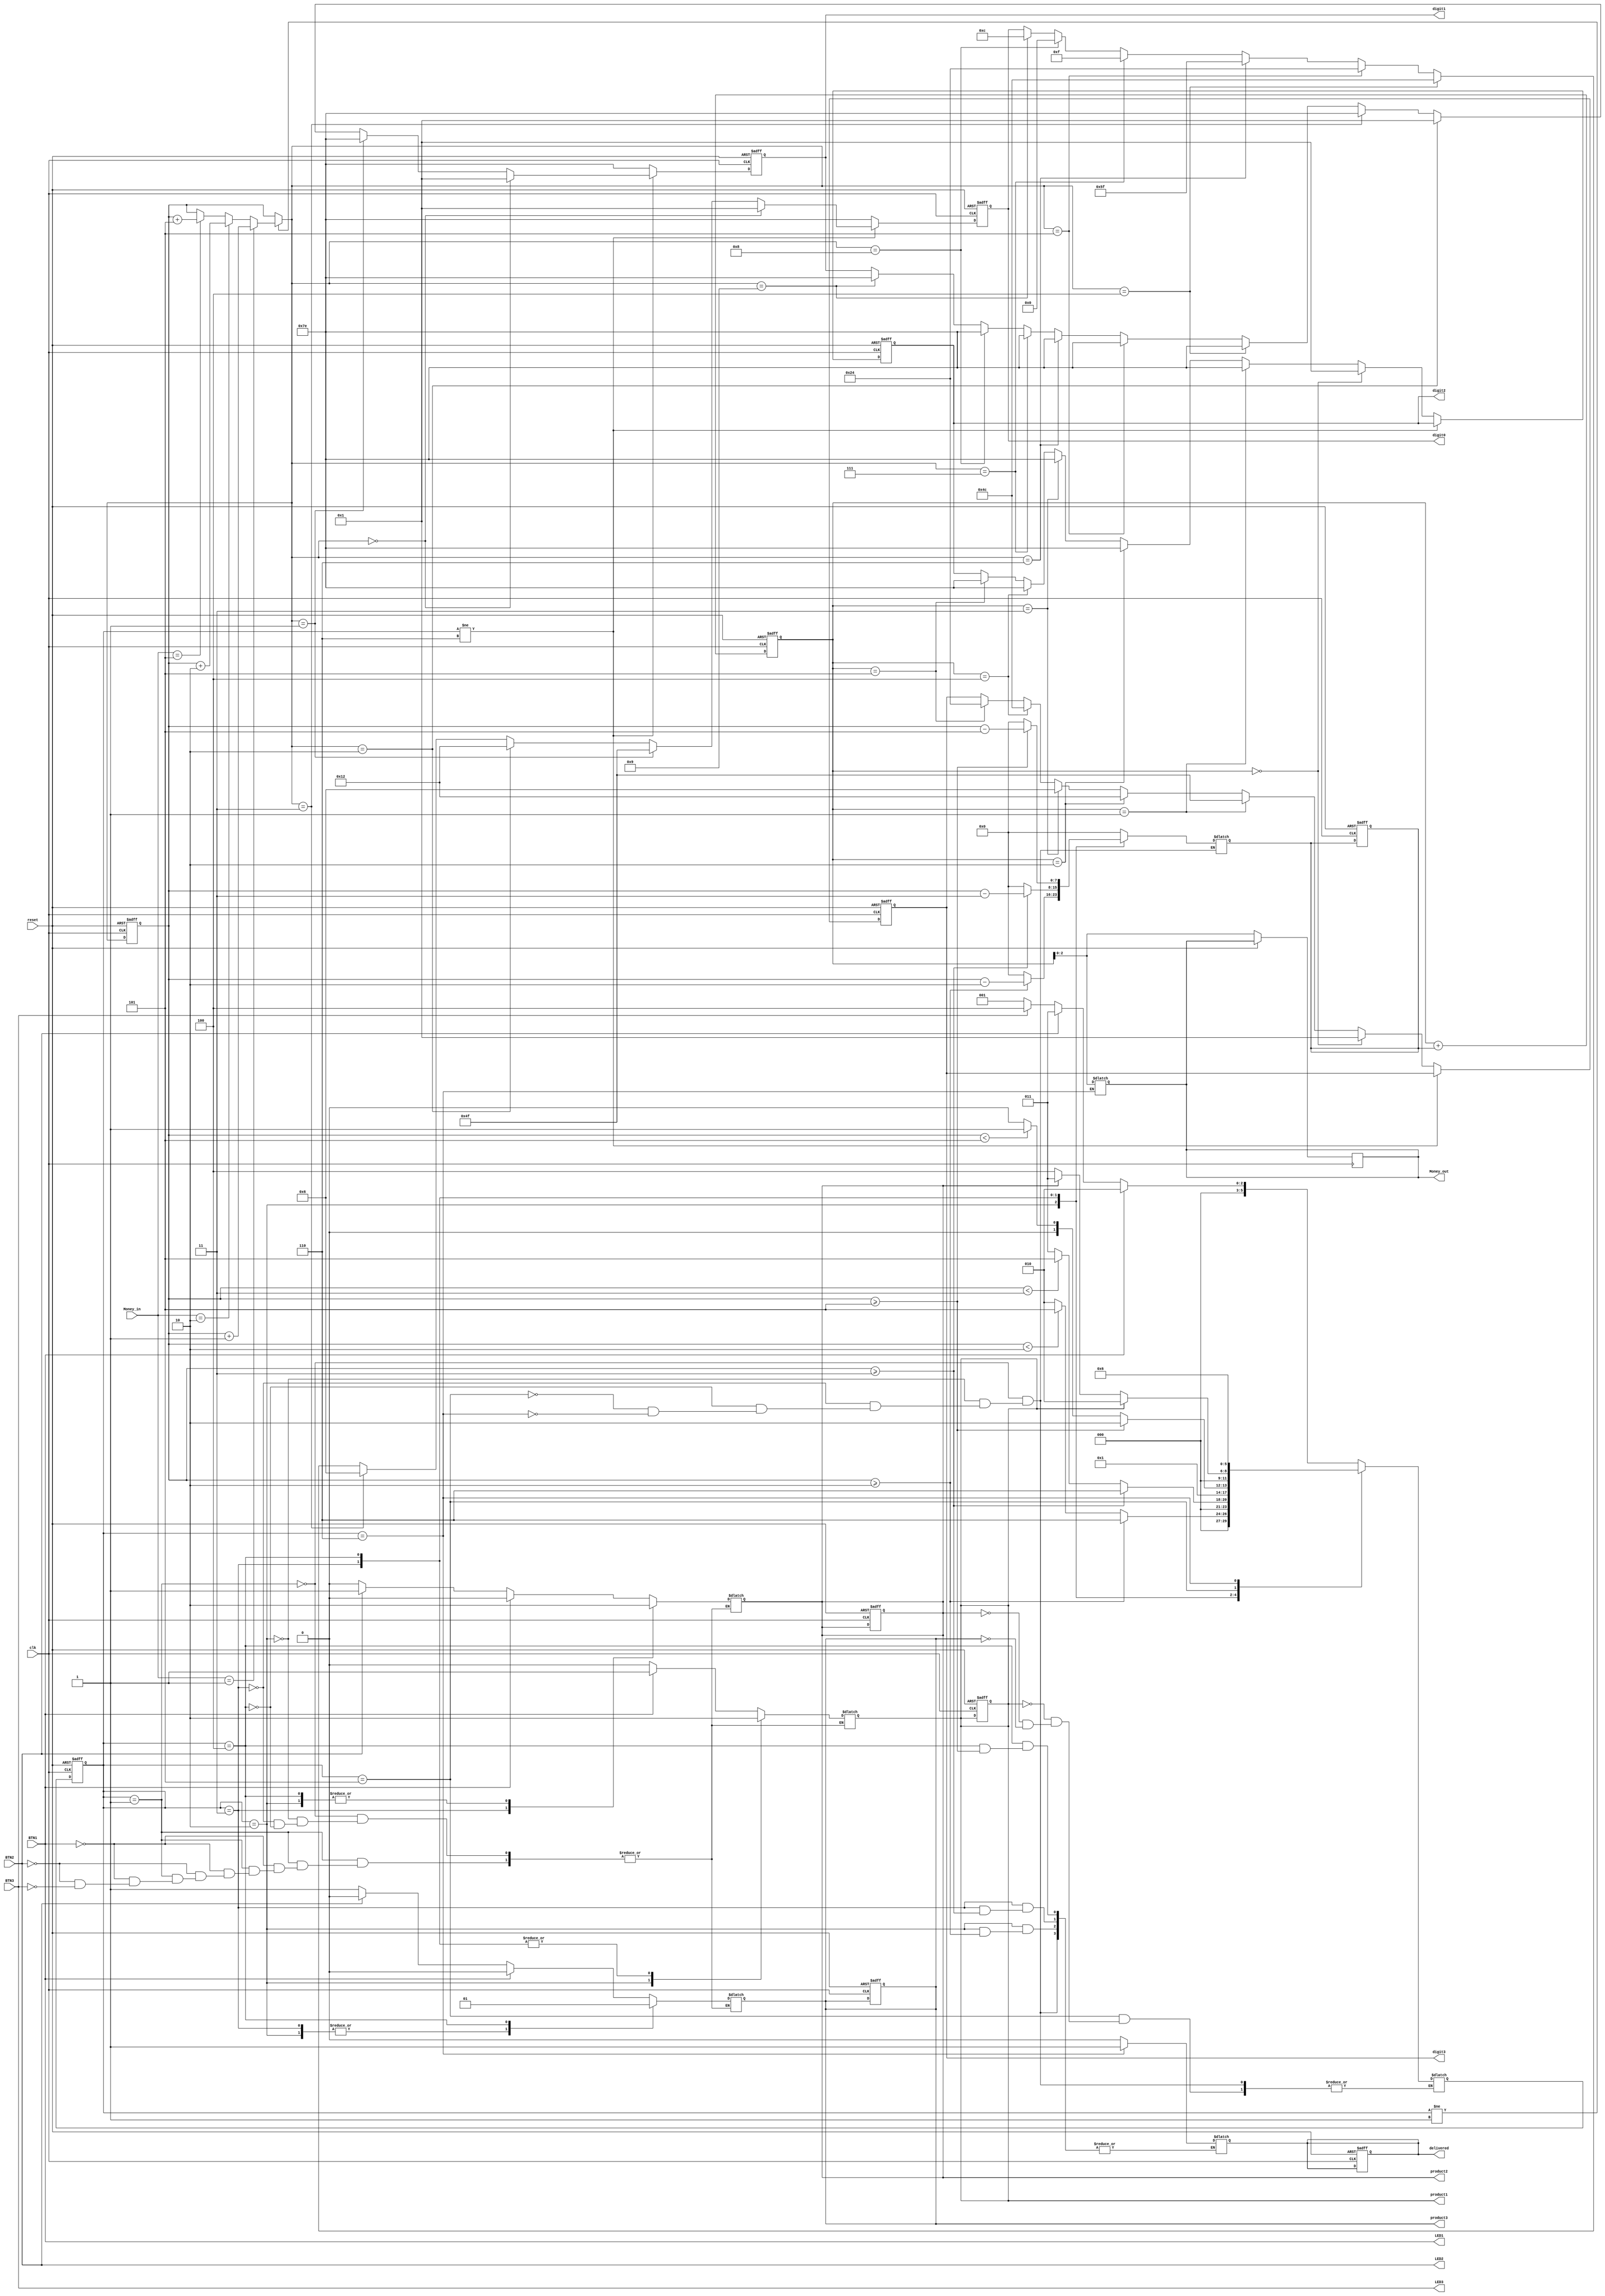
module Vending_Machine(clk, reset, BTN1, BTN2, BTN3, Money_in, product1, product2, product3, delivered, Money_out,
                       LED1, LED2, LED3, digit0, digit1, digit2, digit3
                       );
input clk;     //internal clock (50MHz)  czyli 50 mln operacji w 1s
input reset;   //reset variable
input BTN1, BTN2, BTN3;    
input [2:0] Money_in;                    //3-bit Money_in: Money_in[0] 1z, Money_in[1] 2z, Money_in[2] 5 z ???
//BTN1: product1 - tea, BTN2: product2 - coffee, BTN3: product3 - hot chocolate
//Price: tea: 2z, coffee: 3z, hot chocolate: 5z

output reg product1, product2, product3, delivered;
output reg [2:0]Money_out;


output reg [6:0] digit0; 
output reg [6:0] digit1;
output reg [6:0] digit2;
output reg [6:0] digit3;

output LED1, LED2, LED3;   //LEDs showing which product was selected

assign LED1 = BTN1;
assign LED2 = BTN2;
assign LED3 = BTN3;


wire [2:0] Money_in;            
reg [7:0] insertedMoney;
reg [7:0] totalChange;
reg [7:0] change;

reg [5:0] current_state, next_state;

parameter no_coin = 0, initial_state=1,tea_0=2, coffee_0=3, hot_chocolate_0=4, moreMoney_state = 5, delivered_state=6;
//parameter ssd_0=7'b0000001, ssd_1=7'b1001111, ssd_2=7'b0010010, ssd_3=7'b0000110, ssd_4=7'b1001100, ssd_5=7'b0100010, 
          //ssd_6=7'b0100000, ssd_7=7'b1110000, ssd_8=7'b0000000, ssd_not=7'b1111110;           //??
   
//*****************************************************************************

always @(posedge clk or posedge reset)
begin
    if (reset==1) begin
       current_state <= initial_state;
       insertedMoney <= 8'b000000000;
       totalChange <= 8'b00000000;
       change <= 8'b00000000;
       digit0<=7'b1111110;
       digit1<=7'b1111110;
       digit2<=7'b1111110;
       digit3<=7'b1111110;
       product1<=0;
       product2<=0;
       product3<=0;
       delivered<=0;   
    end
    else begin
       if (current_state != initial_state)
       begin
           if (Money_in == 3'b001) begin insertedMoney <= insertedMoney + 1;  end      //1z
           else if (Money_in == 3'b010) begin insertedMoney = insertedMoney + 2; end   //2zl
           else if (Money_in == 3'b101) begin insertedMoney = insertedMoney + 5; end   //5z
       end
       current_state <= next_state;
       totalChange <= totalChange + change;
       Money_out <= totalChange;

    if (current_state != delivered_state)     //display inserted money
    begin
       if (insertedMoney == 8'b00000000)
         begin
           digit0 = 7'b0000001;   //0
           digit1 = 7'b0000001;
         end
       else if (insertedMoney == 8'b00000001)  //1
         begin
           digit0 = 7'b1001111;
           digit1 = 7'b1111110;             // -
         end
      else if (insertedMoney == 8'b00000010)    //2
        begin
           digit0 = 7'b0010010;
           digit1 = 7'b0000001;
        end
      else if (insertedMoney == 8'b00000011)    //3
        begin
          digit0 = 7'b0000110;
          digit1 = 7'b1111110;
        end
       else if (insertedMoney == 8'b00000100)    //4
         begin
           digit0 = 7'b1001100;
           digit1 = 7'b1111110;
         end
       else if (insertedMoney == 8'b00000101)   //5
         begin
           digit0 = 7'b0100100;
           digit1 = 7'b1111110;
         end
       else if (insertedMoney == 8'b00000110)   //6
         begin
           digit0 = 7'b1011111;
           digit1 = 7'b1111110;
         end
       else if (insertedMoney == 8'b00000111)   //7
         begin
           digit0 = 7'b0001111;
           digit1 = 7'b1111110;
         end
       else if (insertedMoney == 8'b00001000)   //8
         begin
           digit0 = 7'b0000000;
           digit1 = 7'b1111110;
       end
       else if (insertedMoney == 8'b00001001)   //9
         begin
           digit0 = 7'b0001100;
           digit1 = 7'b1111110;
         end
       else if (insertedMoney == 8'b00000111)   //10
          begin
             digit0 = 7'b1001111;
             digit1 = 7'b0000001;
          end
    end
else begin                        //money refunded
   digit0 = 7'b1111110;
   digit1 = 7'b1111110;
   if (totalChange == 8'b00000000)
      begin
      digit2 = 7'b0000001;
      digit3 = 7'b0000001;
      end
   else if (totalChange == 8'b00000001)  //1
      begin
      digit2 = 7'b1111110;    // -
      digit3 = 7'b1001111;    // 1
      end
   else if (totalChange == 8'b00000010)   //2
      begin
      digit2 = 7'b1111110;
      digit3 = 7'b0010010;
      end
   else if (totalChange == 8'b00000011)   //3
      begin
      digit2 = 7'b1111110;
      digit3 = 7'b0000110;
      end
   else if (totalChange == 8'b00000100)   //4
      begin
      digit2 = 7'b1111110;
      digit3 = 7'b1001100;
      end
   else if (totalChange == 8'b00000101)  //5
      begin
      digit2 = 7'b1111110;
      digit3 = 7'b0100100;
      end
   end
end
end
//***************************************************************************
// next state and output combinational logics
//****************************************************************************
always @*
begin
case (current_state)
initial_state: begin
              delivered = 0;
              change = 8'b000000000;
              if (BTN1 == 1 ) begin
                  product1 = 1;
                  product2 = 0;
                  product3 = 0;
                  next_state <= tea_0;
                  end
              else if (BTN2 == 1) begin
                  product1 = 0;
                  product2 = 1;
                  product3 = 0;
                  next_state <= coffee_0;
                  end
              else if (BTN3 == 1) begin
                  product1 = 0;
                  product2 = 0;
                  product3 = 1;
                  next_state <= hot_chocolate_0;
                  end
              else begin
                  next_state <= initial_state;
                  end
              end    
              
 
tea_0: begin
       if (insertedMoney >= 2 ) begin
           product1 = 1;
           product2 = 0;
           product3 = 0;
           //delivered = 1;
           change = insertedMoney - 2;
           next_state <= delivered_state;
           end
      else if (insertedMoney < 2) begin
           product1 = 1;
           product2 = 0;
           product3 = 0;
           delivered = 0;
           change = 8'b00000000;
           next_state <= moreMoney_state;
           end
       else begin                     // If it did not make any choice keep your position
           product1 = 1;
           product2 = 0;
           product3 = 0;
           delivered = 0;
           change = 8'b00000000;
           next_state <= tea_0;
           end
       end
       
coffee_0: begin
       if (insertedMoney >= 3 ) begin
           product1 = 0;
           product2 = 1;
           product3 = 0;
           //delivered = 1;
           change <= insertedMoney - 3;
           next_state <= delivered_state;
           end
       else if (insertedMoney < 3) begin
            product1 = 0;
            product2 = 1;
            product3 = 0;
            delivered = 0;
            change = 8'b00000000;
            next_state <= moreMoney_state;
           end
       else begin   // 
           product1 = 0;
           product2 = 1;
           product3 = 0;
           delivered = 0;
           change = 8'b00000000;
           next_state <= coffee_0;
           end
       end
hot_chocolate_0: begin
          if (insertedMoney >= 5 ) begin
             product1 = 0;
             product2 = 0;
             product3 = 1;
             //delivered = 1;
             change = insertedMoney - 5;
             next_state <= delivered_state;
             end
          else if (insertedMoney < 5) begin
             product1 = 0;
             product2 = 0;
             product3 = 1;
             delivered = 0;
             change = 8'b00000000;
             next_state <= moreMoney_state;
             end
          else begin
             product1 = 0;
             product2 = 0;
             product3 = 1;
             delivered = 0;
             change = 8'b00000000;
             next_state <= hot_chocolate_0;
             end
         end       
moreMoney_state: begin
          delivered = 0;
          change = 8'b00000000;
          if (product1 == 1) next_state <= tea_0;
          else if (product2 == 1) next_state <= coffee_0;
          else if (product3 == 1) next_state <= hot_chocolate_0;
          end         
delivered_state: begin
          change = 8'b00000000;
          delivered = 1;
          Money_out = totalChange;
          //if (product1 == 1 ) begin ;end
          next_state <= delivered_state;
          end
endcase
end
  

endmodule